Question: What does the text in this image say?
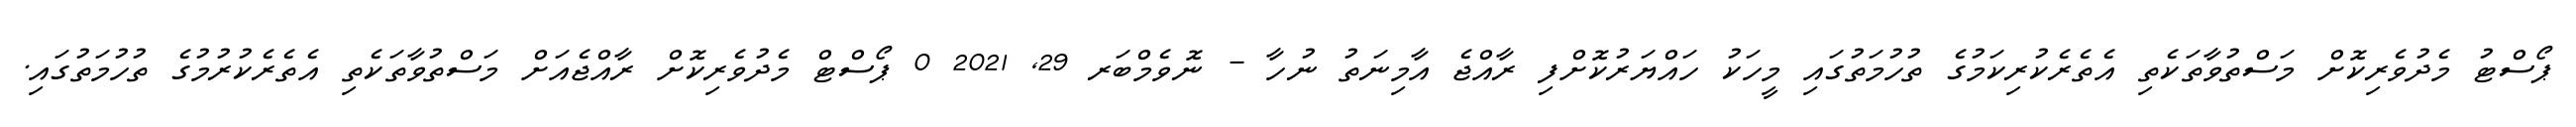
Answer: ޕޯސްޓު މެދުވެރިކޮށް މަސްތުވާތަކެތި އެތެރެކުރިކަމުގެ ތުހުމަތުގައި މީހަކު ހައްޔަރުކޮށްފި ރާއްޖެ އާމިނަތު ނުހާ - ނޮވެމްބަރ 29, 2021 0 ޕޯސްޓް މެދުވެރިކޮށް ރާއްޖެއަށް މަސްތުވާތަކެތި އެތެރެކުރުމުގެ ތުހުމަތުގައި.